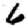
Digit: 6